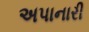
અપાનારી